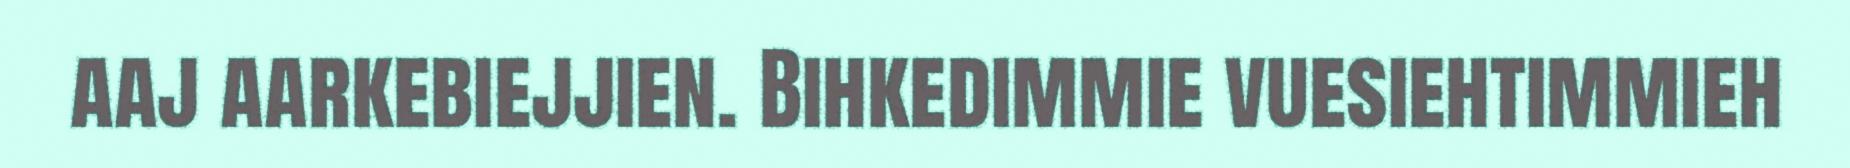
aaj aarkebiejjien. Bihkedimmie vuesiehtimmieh